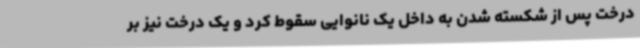
درخت پس از شکسته شدن به داخل یک نانوایی سقوط کرد و یک درخت نیز بر